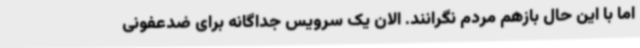
اما با این حال بازهم مردم نگرانند. الان یک سرویس جداگانه برای ضدعفونی